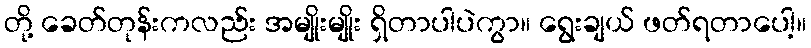
တို့ ခေတ်တုန်းကလည်း အမျိုးမျိုး ရှိတာပါပဲကွာ။ ရွေးချယ် ဖတ်ရတာပေါ့။